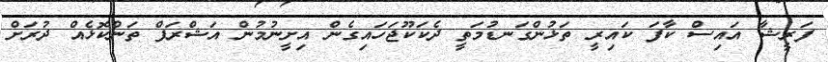
ފަރީޝާ އައިސް ކާފަ ކައިރީ ތަޅުންގަނޑުމަތީ ދެކަކޫޖަހައިގެން އިށީނުމުން އަޝްރަފް ތަންކޮޅެއް ދުރަށް